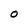
Character: O